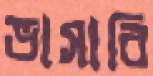
ভাসাবি